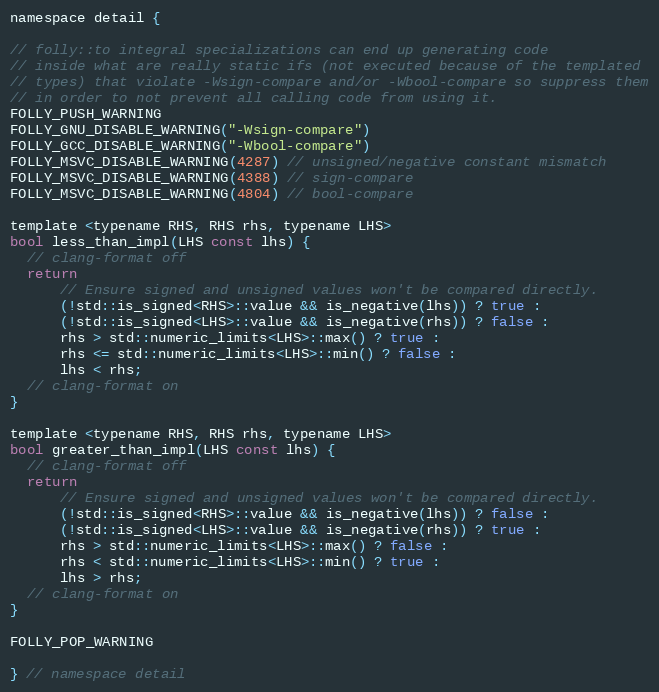
Language: C
namespace detail {

// folly::to integral specializations can end up generating code
// inside what are really static ifs (not executed because of the templated
// types) that violate -Wsign-compare and/or -Wbool-compare so suppress them
// in order to not prevent all calling code from using it.
FOLLY_PUSH_WARNING
FOLLY_GNU_DISABLE_WARNING("-Wsign-compare")
FOLLY_GCC_DISABLE_WARNING("-Wbool-compare")
FOLLY_MSVC_DISABLE_WARNING(4287) // unsigned/negative constant mismatch
FOLLY_MSVC_DISABLE_WARNING(4388) // sign-compare
FOLLY_MSVC_DISABLE_WARNING(4804) // bool-compare

template <typename RHS, RHS rhs, typename LHS>
bool less_than_impl(LHS const lhs) {
  // clang-format off
  return
      // Ensure signed and unsigned values won't be compared directly.
      (!std::is_signed<RHS>::value && is_negative(lhs)) ? true :
      (!std::is_signed<LHS>::value && is_negative(rhs)) ? false :
      rhs > std::numeric_limits<LHS>::max() ? true :
      rhs <= std::numeric_limits<LHS>::min() ? false :
      lhs < rhs;
  // clang-format on
}

template <typename RHS, RHS rhs, typename LHS>
bool greater_than_impl(LHS const lhs) {
  // clang-format off
  return
      // Ensure signed and unsigned values won't be compared directly.
      (!std::is_signed<RHS>::value && is_negative(lhs)) ? false :
      (!std::is_signed<LHS>::value && is_negative(rhs)) ? true :
      rhs > std::numeric_limits<LHS>::max() ? false :
      rhs < std::numeric_limits<LHS>::min() ? true :
      lhs > rhs;
  // clang-format on
}

FOLLY_POP_WARNING

} // namespace detail